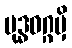
ဗုဒ္ဓဝဂ္ဂမှိ